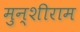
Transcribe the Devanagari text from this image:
मुन्शीराम